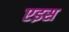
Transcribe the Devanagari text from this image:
एइस